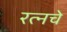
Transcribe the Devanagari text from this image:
रत्‍नचे